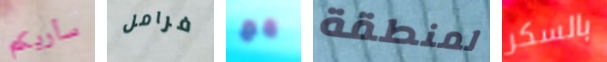
سأريكم فرامل مع لمنطقة بالسكر